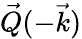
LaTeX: \vec{Q}(-\vec{k})